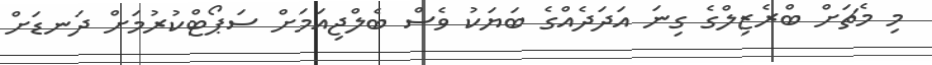
މި މެޗަށް ބްރެޒިލްގެ ގިނަ އަދަދެއްގެ ބަޔަކު ވެސް ބެލްޖިއަމަށް ސަޕޯޓްކުރުމަށް ދަނޑަށް